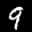
Label: 9